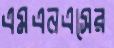
এমএনএসের